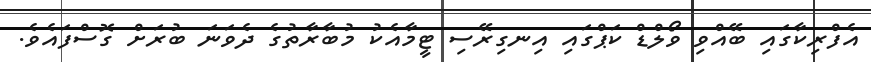
އެފްރިކާގައި ބޭއްވި ވޯލްޑް ކަޕްގައި އިނގިރޭސި ޓީމާއެކު މުބާރާތުގެ ދެވަނަ ބުރަށް ގޮސްފައެވެ.